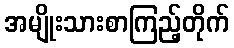
အမျိုးသားစာကြည့်တိုက်